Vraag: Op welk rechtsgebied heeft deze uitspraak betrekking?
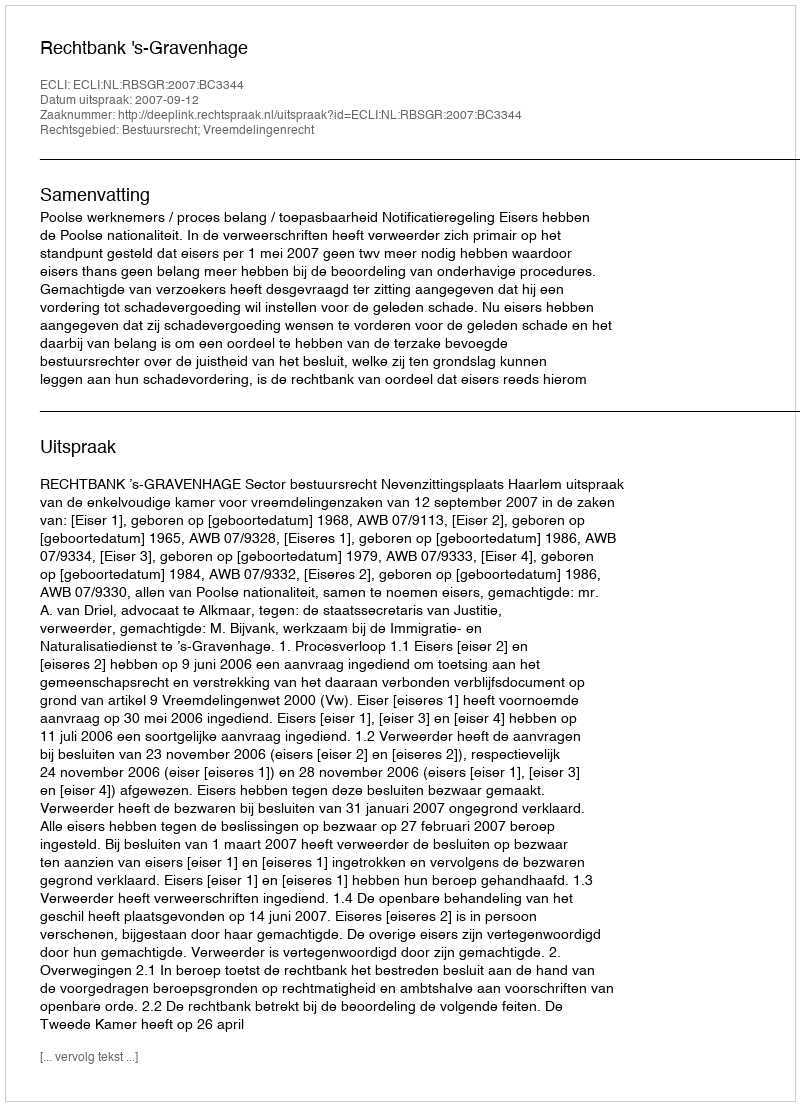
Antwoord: Bestuursrecht; Vreemdelingenrecht